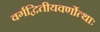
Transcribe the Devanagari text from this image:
वर्गद्वितीयवर्णोत्थाः